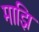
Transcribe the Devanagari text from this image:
माझि